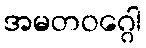
အမတဝဂ္ဂေါ